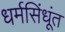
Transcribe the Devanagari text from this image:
धर्मसिंधूंत